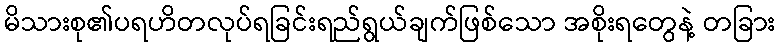
မိသားစု၏ပရဟိတလုပ်ရခြင်းရည်ရွယ်ချက်ဖြစ်သော အစိုးရတွေနဲ့ တခြား